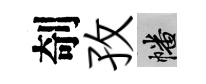
剞孜幡